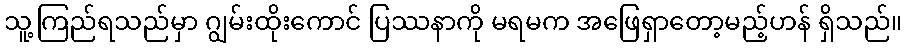
သူ့ကြည်ရသည်မှာ ဂျွမ်းထိုးကောင် ပြဿနာကို မရမက အဖြေရှာတော့မည့်ဟန် ရှိသည်။